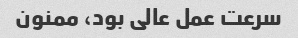
سرعت عمل عالی بود، ممنون